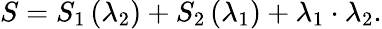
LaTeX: S=S_{1}\left(\lambda_{2}\right)+S_{2}\left(\lambda_{1}\right)+\lambda_{1}\cdot\lambda_{2}.